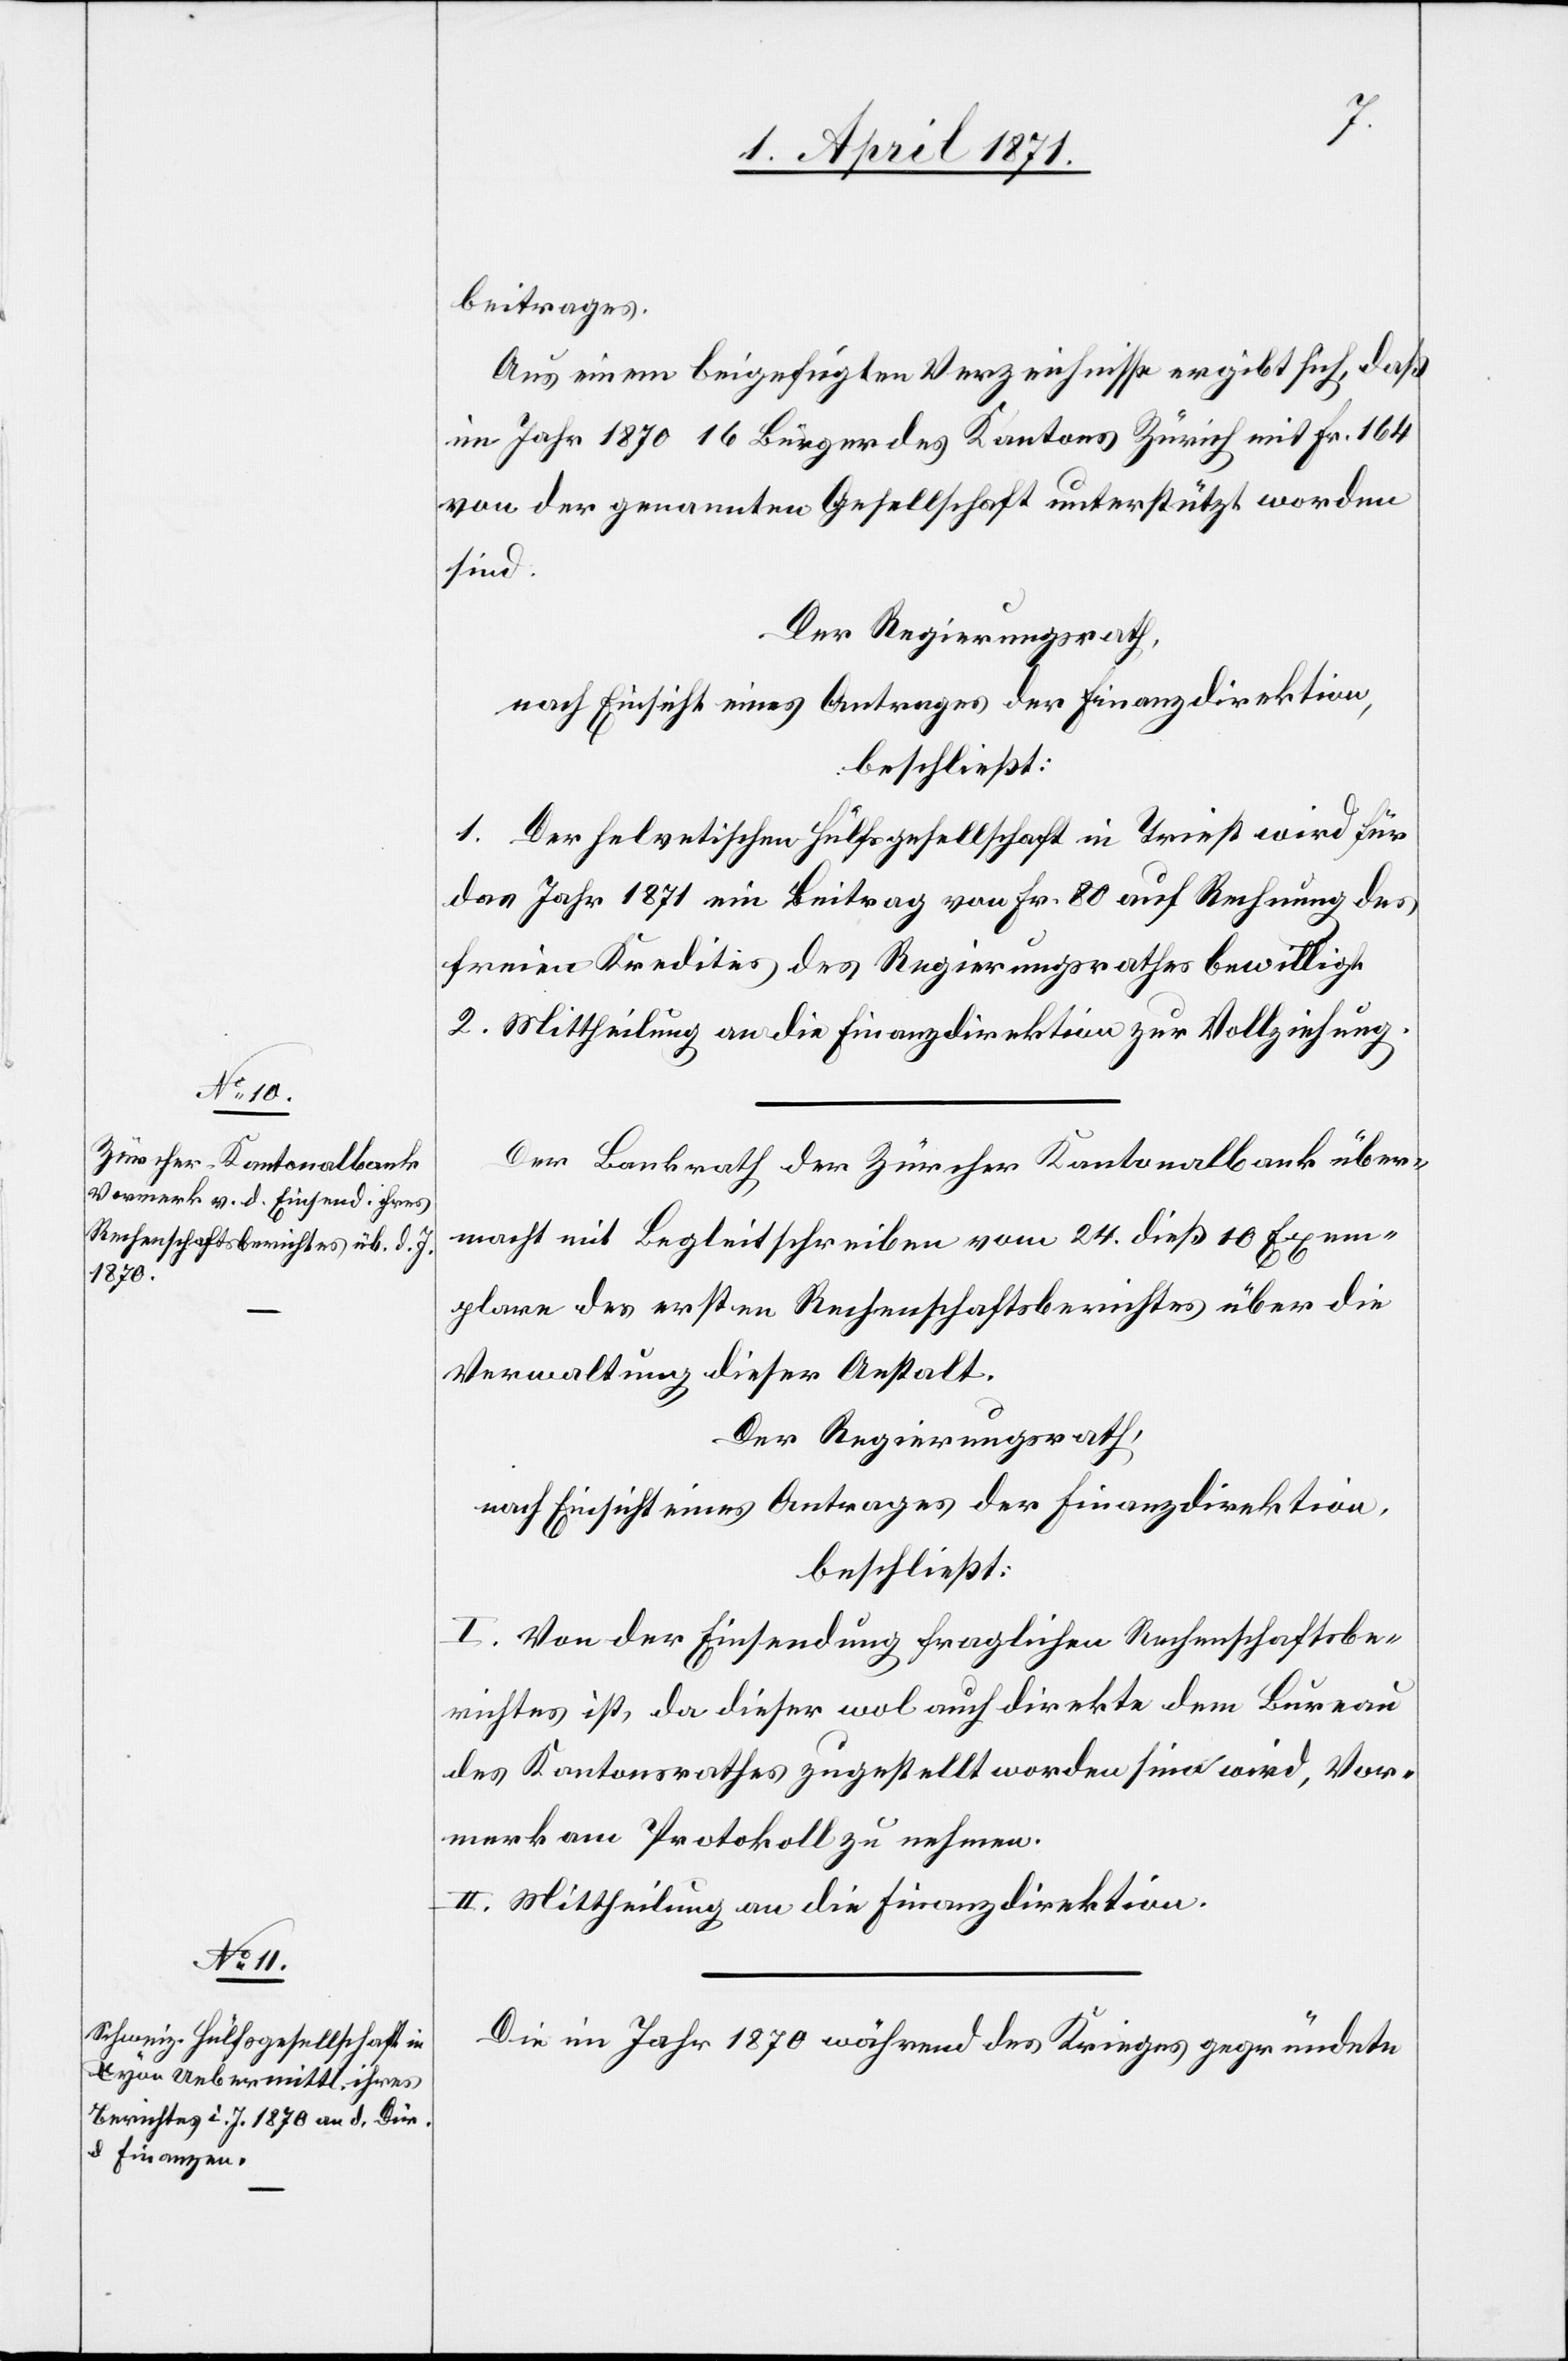
beitrages.
Aus einem beigefügten Verzeichnisse ergibt sich, daß
im Jahr 1870 16 Bürger des Kantons Zürich mit Fr. 164
von der genannten Gesellschaft unterstützt worden
sind.
Der Regierungsrath,
nach Einsicht eines Antrages der Finanzdirektion,
beschließt:
1. Der helvetischen Hülfsgesellschaft in Triest wird für
das Jahr 1871 ein Beitrag von Fr. 80 auf Rechnung des
freien Kredites des Regierungsrathes bewilligt.
2. Mittheilung an die Finanzdirektion zur Vollziehung.
Der Bankrath der Zürcher Kantonalbank über¬
macht mit Begleitschreiben vom 24. dieß 10 Exem¬
plare des ersten Rechenschaftsberichtes über die
Verwaltung dieser Anstalt.
Der Regierungsrath,
nach Einsicht eines Antrages der Finanzdirektion,
beschließt:
I. Von der Einsendung fraglichen Rechenschaftsbe¬
richtes ist, da dieser wol auch direkte dem Bureau
des Kantonsrathes zugestellt worden sein wird, Vor¬
merk am Protokoll zu nehmen.
II. Mittheilung an die Finanzdirektion.
Die im Jahr 1870 während des Krieges gegründete